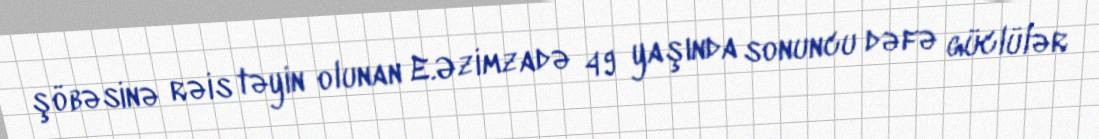
şöbəsinə rəis təyin olunan E.Əzimzadə 49 yaşında sonuncu dəfə güclülər